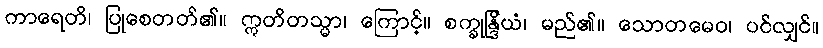
ကာရေတိ၊ ပြုစေတတ်၏။ ဣတိတသ္မာ၊ ကြောင့်။ စက္ခုန္ဒြိယံ၊ မည်၏။ သောတမေဝ၊ ပင်လျှင်။